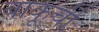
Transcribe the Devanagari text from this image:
बाकूची